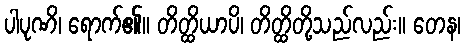
ပါပုဏိ၊ ရောက်၏။ တိတ္ထိယာပိ၊ တိတ္ထိတို့သည်လည်း။ တေန၊